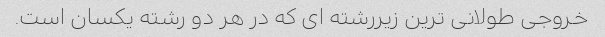
خروجی طولانی ترین زیررشته ای که در هر دو رشته یکسان است.